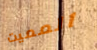
المميت